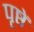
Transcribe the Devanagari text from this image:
पृष्ठें